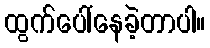
ထွက်ပေါ်နေခဲ့တာပါ။